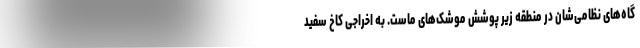
گاه‌های نظامی‌شان در منطقه زیر پوشش موشک‌های ماست. به اخراجی کاخ سفید